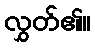
လွှတ်၏။